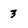
Character: 3